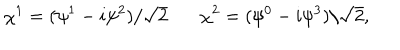
\chi ^ { 1 } = ( \psi ^ { 1 } - i \psi ^ { 2 } ) / \sqrt { 2 } ~ \chi ^ { 2 } = ( \psi ^ { 0 } - i \psi ^ { 3 } ) / \sqrt { 2 } ,